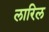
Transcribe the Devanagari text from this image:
लारिल